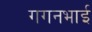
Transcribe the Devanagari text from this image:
गगनभाई